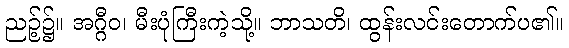
ညဉ့်၌။ အဂ္ဂီဝ၊ မီးပုံကြီးကဲ့သို့။ ဘာသတိ၊ ထွန်းလင်းတောက်ပ၏။